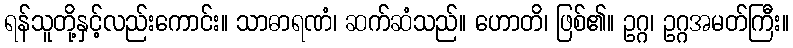
ရန်သူတို့နှင့်လည်းကောင်း။ သာဓာရဏံ၊ ဆက်ဆံသည်။ ဟောတိ၊ ဖြစ်၏။ ဥဂ္ဂ၊ ဥဂ္ဂအမတ်ကြီး။